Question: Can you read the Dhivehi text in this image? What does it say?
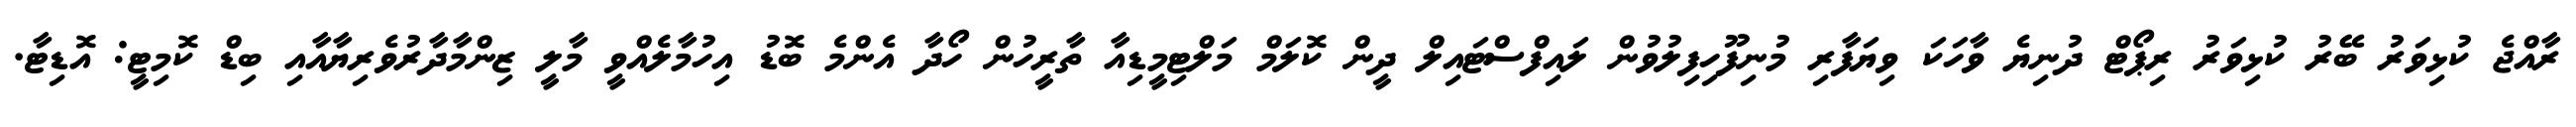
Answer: ރާއްޖެ ކުޅިވަރު ބޭރު ކުޅިވަރު ރިޕޯޓް ދުނިޔެ ވާހަކަ ވިޔަފާރި މުނިފޫހިފިލުވުން ލައިފްސްޓައިލް ދީން ކޮލަމް މަލްޓިމީޑިއާ ތާރީހުން ހޯދާ އެންމެ ބޮޑު އިހުމާލެއްވީ މާލީ ޒިންމާދާރުވެރިޔާއާއި ބިޑް ކޮމިޓީ: އޮޑިޓާ.